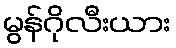
မွန်ဂိုလီးယား